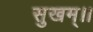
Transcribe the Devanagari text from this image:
सुखम्।।